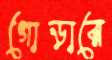
গোড়ারে